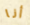
أنا